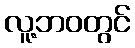
လူ့ဘဝတွင်